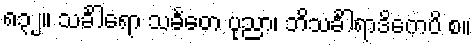
၈၃၂။ သင်္ခါရော သင်္ခတေ ပုညာ၊ ဘိသင်္ခါရာဒိကေပိ စ။